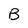
Character: B